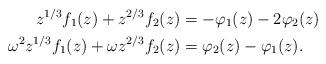
LaTeX: \begin{align*}z^{1/3} f_{1}(z) + z^{2/3} f_{2}(z) &= -\varphi_{1}(z)-2\varphi_{2}(z)\\\omega^2 z^{1/3} f_{1}(z) + \omega z^{2/3} f_{2}(z) &= \varphi_{2}(z)-\varphi_{1}(z).\end{align*}